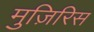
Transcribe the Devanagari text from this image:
मुज़िरिस